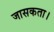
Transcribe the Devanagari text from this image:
जासकता।